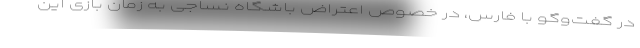
در گفت‌و‌گو با فارس، در خصوص اعتراض باشگاه نساجی به زمان بازی این